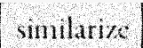
similarize